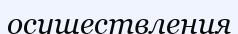
осуществления